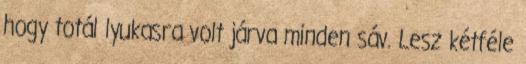
hogy totál lyukasra volt járva minden sáv. Lesz kétféle